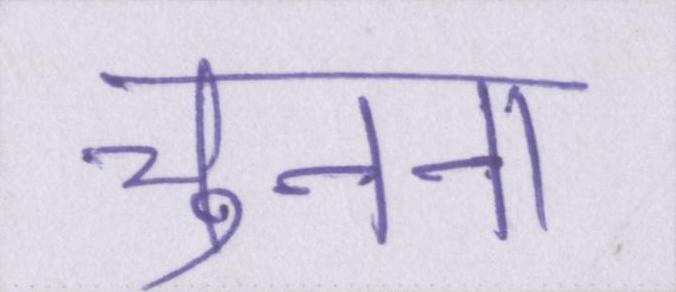
चुनना